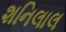
શનિલાલ